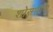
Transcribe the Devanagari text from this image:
शोसणारा